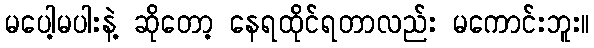
မပေါ့မပါးနဲ့ ဆိုတော့ နေရထိုင်ရတာလည်း မကောင်းဘူး။